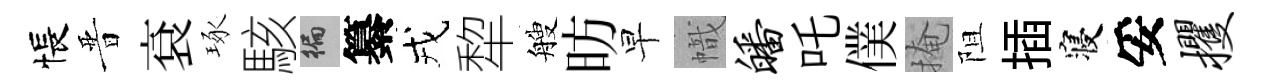
悵晋袞琢駭徧纂戎犂艘昉早幟皤吒僕掩阻插寝妥攫